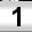
Digit: 1